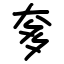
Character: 奓